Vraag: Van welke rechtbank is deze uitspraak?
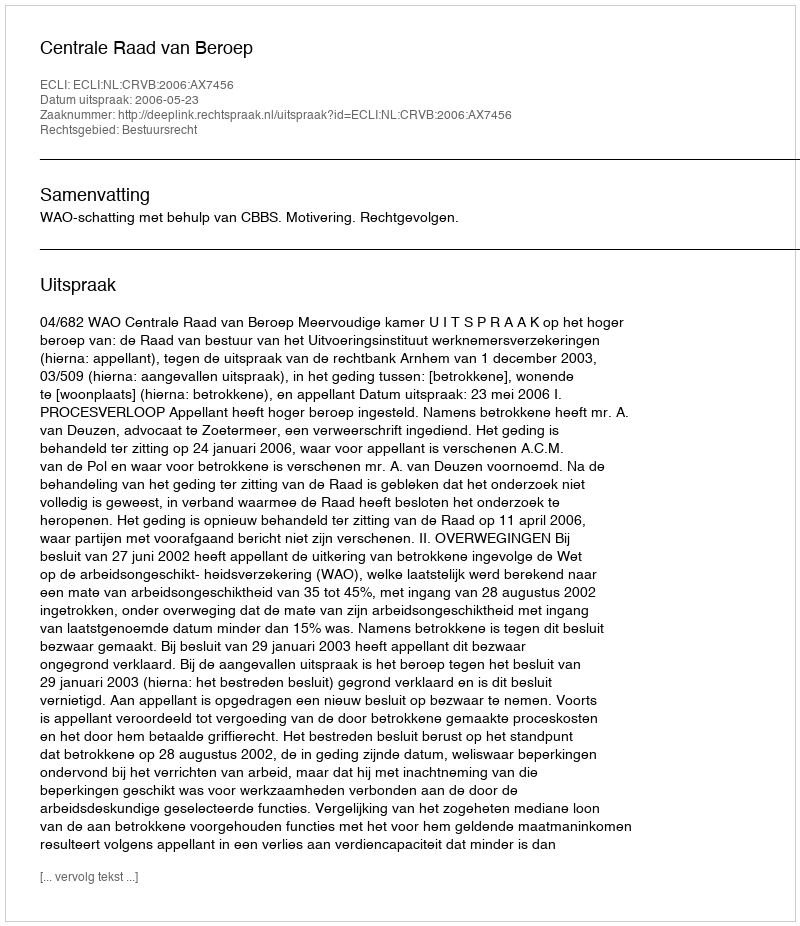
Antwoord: Centrale Raad van Beroep